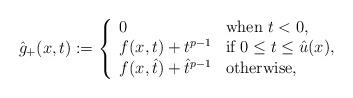
LaTeX: \begin{align*}\hat g_+(x,t):=\left\{\begin{array}{ll}0 & \mbox{when $t<0$,}\\f(x,t)+t^{p-1} & \mbox{if $0\leq t\leq\hat u(x)$,}\\f(x,\hat t)+\hat t^{p-1} & \mbox{otherwise,}\\\end{array}\right.\end{align*}